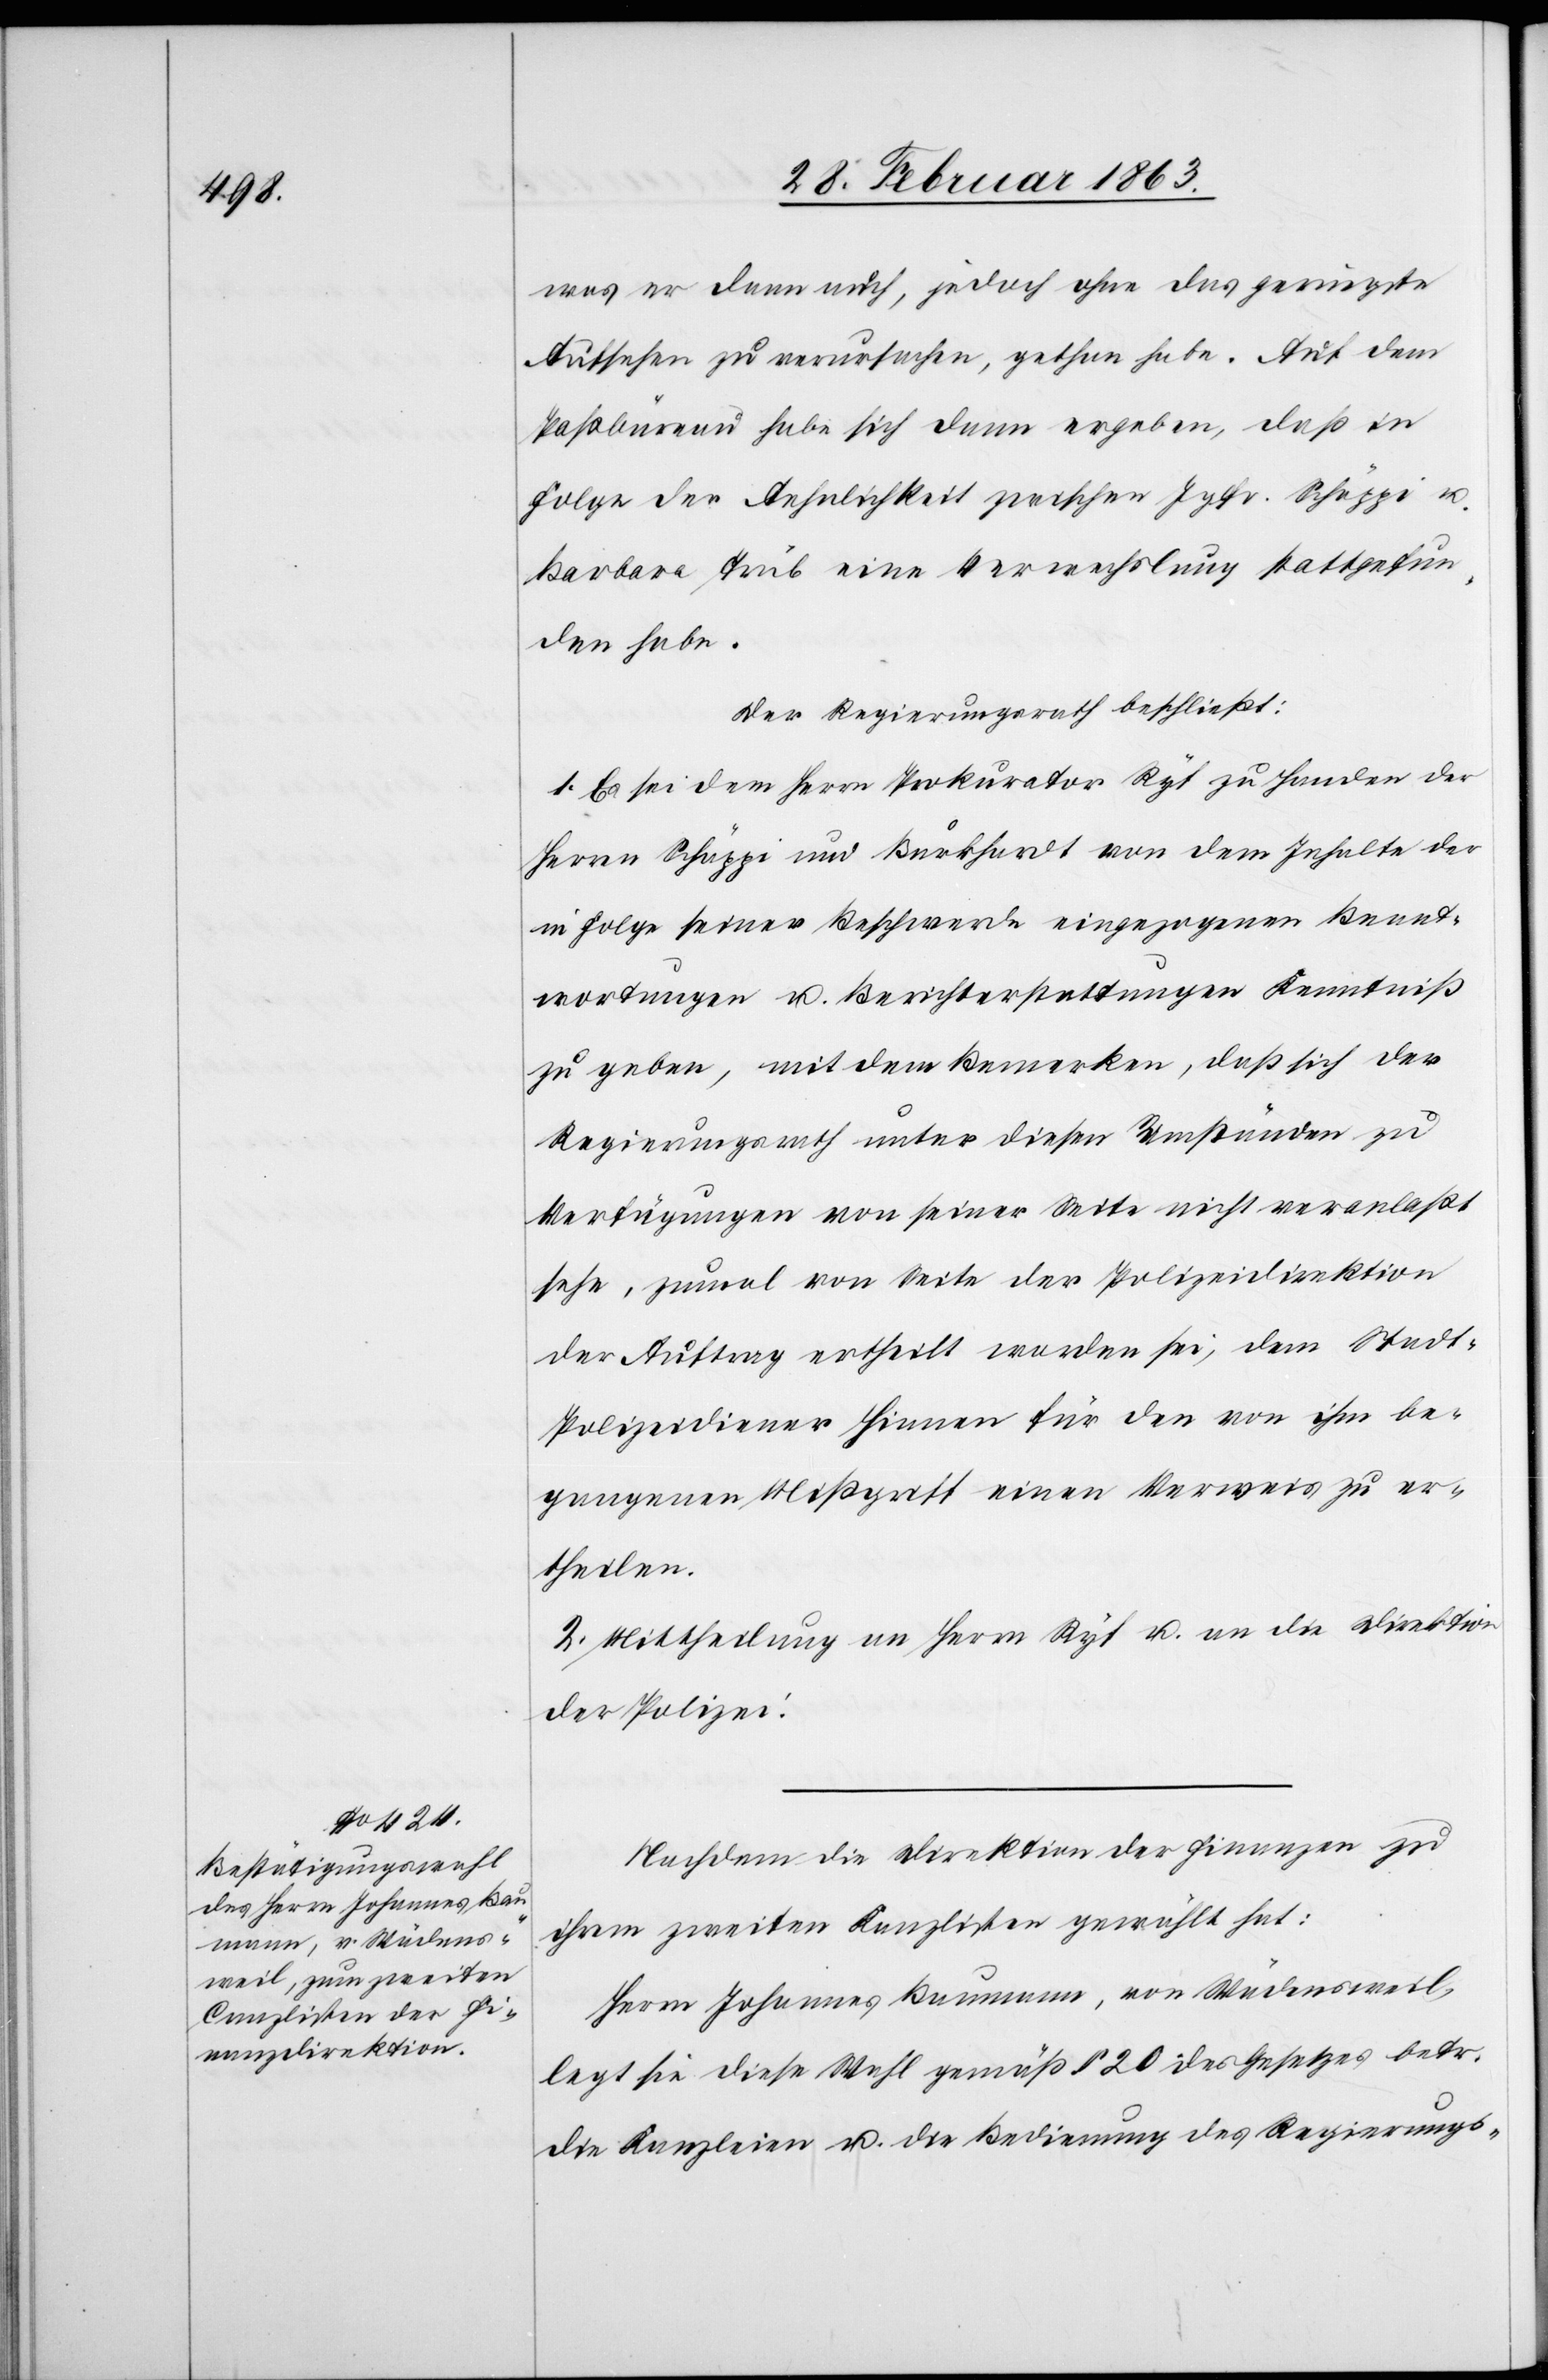
was er dann auch, jedoch ohne das geringste
Aufsehen zu verursachen, gethan habe. Auf dem
Paßbüreau habe sich dann ergeben, daß in
Folge der Aehnlichkeit zwischen Jgfr. Schäppi u.
Barbara Trüb eine Verwechslung stattgefun¬
den habe.
Der Regierungsrath beschließt:
1. Es sei dem Herrn Prokurator Ryf zu Handen der
Herren Schäppi und Burkhardt von dem Inhalte der
in Folge seiner Beschwerde eingezogenen Beant¬
wortungen u. Berichterstattungen Kenntniß
zu geben, mit dem Bemerken, daß sich der
Regierungsrath unter diesen Umständen zu
Verfügungen von seiner Seite nicht veranlaßt
sehe, zumal von Seite der Polizeidirektion
der Auftrag ertheilt worden sei, dem Stadt-P¬
olizeidiener Hinnen für den von ihm be¬
gangenen Mißgriff einen Verweis zu er¬
theilen.
2. Mittheilung an Herrn Ryf u. an die Direktion
der Polizei.
Nachdem die Direktion der Finanzen zu
ihrem zweiten Kanzlisten gewählt hat:
Herrn Johannes Baumann, von Wädensweil,
legt sie diese Wahl gemäß § 20 des Gesetzes betr.
die Kanzleien u. die Bedienung des Regierungs-